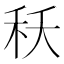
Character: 秗